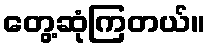
တွေ့ဆုံကြတယ်။